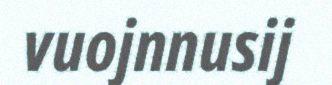
vuojnnusij